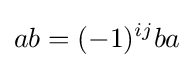
ab=(-1)^{ij}ba